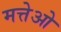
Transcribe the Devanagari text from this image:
मत्तेओ